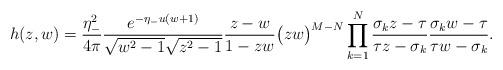
LaTeX: \begin{align*} h(z,w) &=\frac{\eta_{-}^{2}}{4\pi} \frac{e^{-\eta_{-}u(w+1)} }{\sqrt{w^{2}-1}\sqrt{z^{2}-1} } \frac{z-w}{1-zw} \big(zw\big)^{M-N} \prod_{k = 1}^{N} \frac{\sigma_{k}z-\tau}{ \tau z-\sigma_{k}} \frac{\sigma_{k}w-\tau}{ \tau w-\sigma_{k}}. \end{align*}